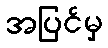
အပြင်မှ